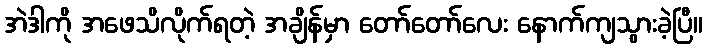
အဲဒါကို အဖေသိလိုက်ရတဲ့ အချိန်မှာ တော်တော်လေး နောက်ကျသွားခဲ့ပြီ။